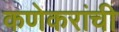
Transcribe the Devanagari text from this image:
कणेकरांची